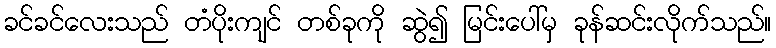
ခင်ခင်လေးသည် တံပိုးကျင် တစ်ခုကို ဆွဲ၍ မြင်းပေါ်မှ ခုန်ဆင်းလိုက်သည်။